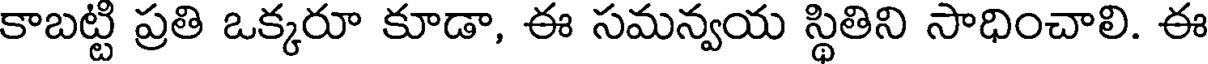
కాబట్టి ప్రతి ఒక్కరూ కూడా, ఈ సమన్వయ స్థితిని సాధించాలి. ఈ